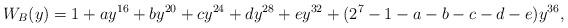
LaTeX: \begin{align*}W_{B}(y)=1+a y^{16}+b y^{20}+c y^{24}+d y^{28}+e y^{32}+(2^7-1-a-b-c-d-e) y^{36},\end{align*}